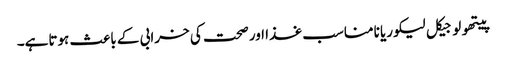
پیتھولوجیکل لیکوریا نامناسب غذا اور صحت کی خرابی کے باعث ہوتاہے۔